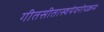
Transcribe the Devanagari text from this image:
गीतसीतास्वयंवरोपक्रमः